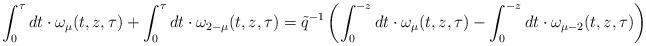
LaTeX: \begin{align*}\int_0^{\tau }dt\cdot \omega_\mu (t,z,\tau)+\int_0^{\tau }dt\cdot \omega_{2-\mu } (t,z,\tau)=\tilde q^{-1} \left( \int_0^{-z }dt\cdot \omega_\mu (t,z,\tau)-\int_0^{-z }dt\cdot \omega_{\mu -2}(t,z,\tau)\right)\end{align*}